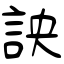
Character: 詇